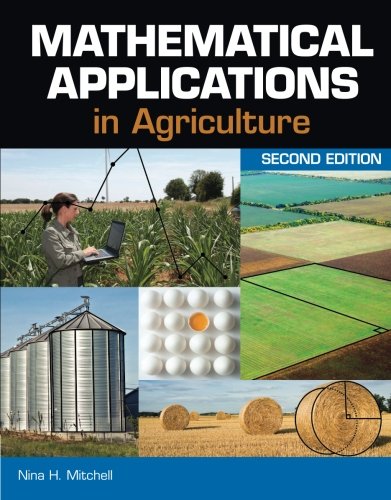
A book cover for Mathematical Applications in Agriculture; Nina H. Mitchell; Science & Math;